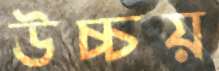
উচ্চয়